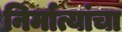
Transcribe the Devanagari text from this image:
निर्मात्यांचा